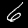
Label: 6